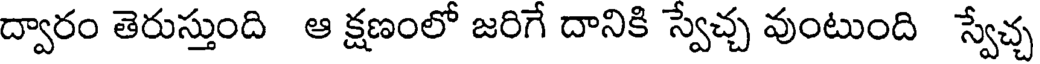
ద్వారం తెరుస్తుంది ఆ క్షణంలో జరిగే దానికి స్వేచ్చ వుంటుంది స్వేచ్చ